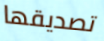
تصديقها